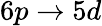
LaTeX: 6p\rightarrow 5d